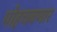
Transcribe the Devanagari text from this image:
पोहचवणार